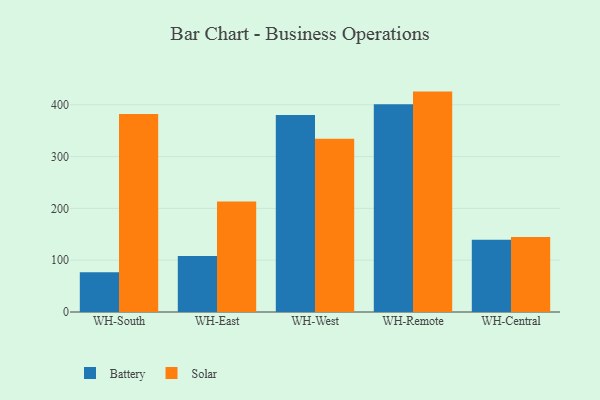
{"axis": {"x": "Warehouse", "y": "Shipments"}, "legend": ["Battery", "Solar"], "data": [{"x": "WH-South", "y": 76.5, "type": "Battery"}, {"x": "WH-South", "y": 382.1, "type": "Solar"}, {"x": "WH-East", "y": 108.3, "type": "Battery"}, {"x": "WH-East", "y": 213.5, "type": "Solar"}, {"x": "WH-West", "y": 380.3, "type": "Battery"}, {"x": "WH-West", "y": 334.4, "type": "Solar"}, {"x": "WH-Remote", "y": 401.0, "type": "Battery"}, {"x": "WH-Remote", "y": 425.5, "type": "Solar"}, {"x": "WH-Central", "y": 139.4, "type": "Battery"}, {"x": "WH-Central", "y": 144.7, "type": "Solar"}]}